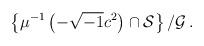
LaTeX: \begin{align*} \left\{\mu^{-1}\left(-\sqrt{-1}c^2\right)\cap \mathcal{S}\right\}/\mathcal{G}\,.\end{align*}